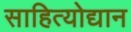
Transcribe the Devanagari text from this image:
साहित्योद्यान